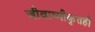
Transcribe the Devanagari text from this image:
जीवाष्मीकृतही